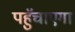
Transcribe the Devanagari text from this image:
पहुॅचाएगा